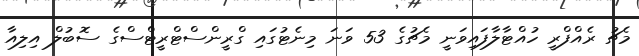
މެޗު ރެއްފްރީ ހުއްޓާލާފައިވަނީ މެޗުގެ 53 ވަނަ މިނެޓުގައި ގްރީންސްޓްރީޓްސްގެ ސޮބުލް އިލިއާ